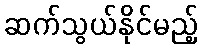
ဆက်သွယ်နိုင်မည့်